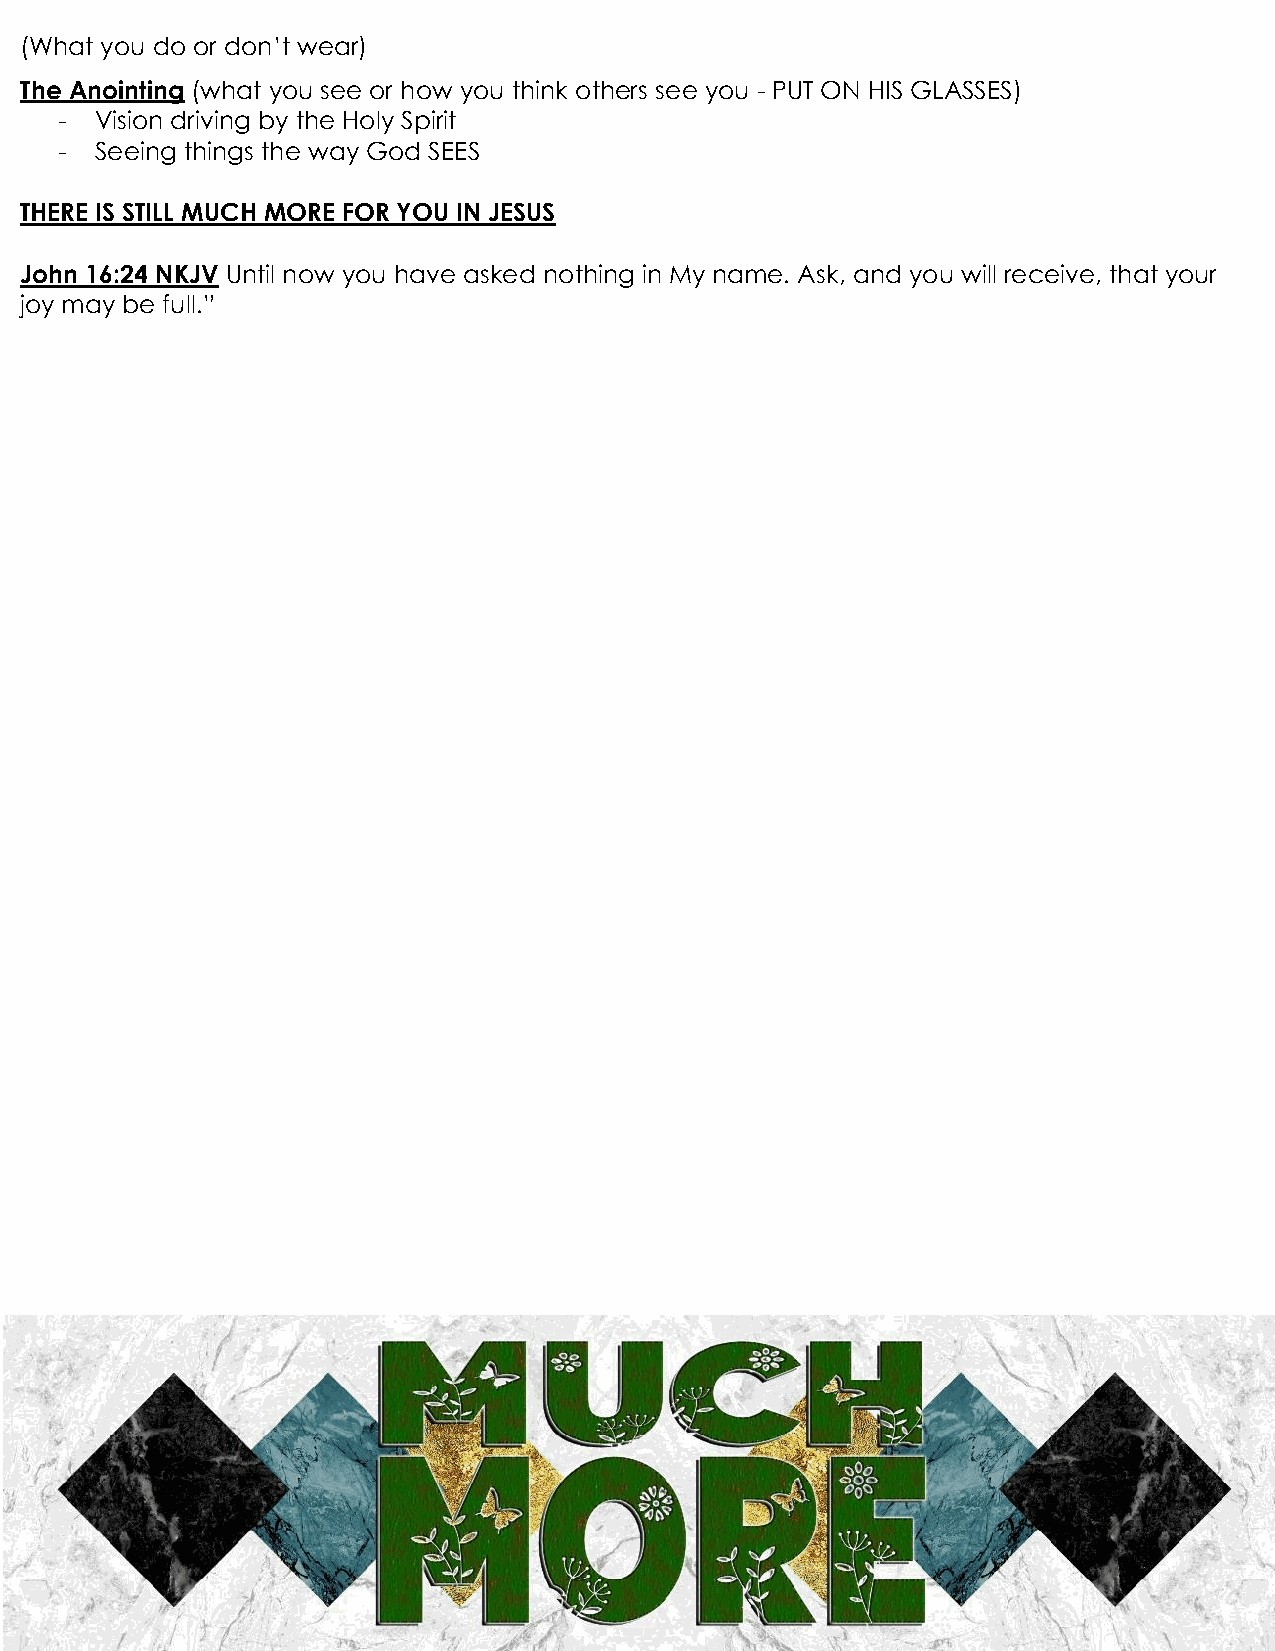
(What you do or don‟t wear)
 The Anointing (what you see or how you think others see you - PUT ON HIS GLASSES)
 - Vision driving by the Holy Spirit
 - Seeing things the way God SEES
 THERE IS STILL MUCH MORE FOR YOU IN JESUS
 John 16:24 NKJV Until now you have asked nothing in My name. Ask, and you will receive, that your
 joy may be full.”